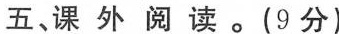
五、课外阅读。(9分)